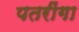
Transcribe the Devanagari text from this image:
पतरींगा